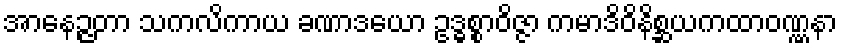
အာနေဉ္ဇတာ သကလိကာယ ခဏာဒယော ဥဒ္ဓစ္စာဝိဇ္ဇာ ကမာဒိဝိနိစ္ဆယကထာဝဏ္ဏနာ